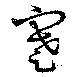
蹇